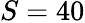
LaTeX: S=40